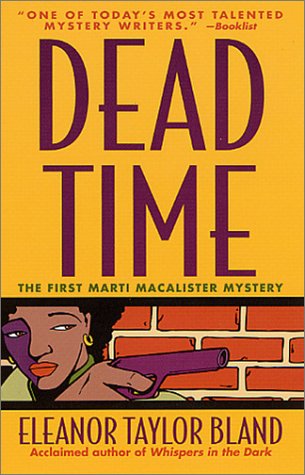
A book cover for Dead Time (Marti MacAlister Mysteries); Eleanor Taylor Bland; Mystery, Thriller & Suspense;